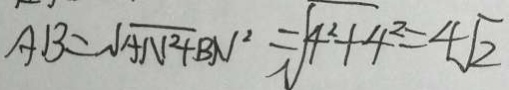
A B = \sqrt { A N ^ { 2 } + B N ^ { 2 } } = \sqrt { 4 ^ { 2 } + 4 ^ { 2 } } = 4 \sqrt { 2 }